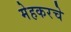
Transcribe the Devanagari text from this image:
मेहकरचे